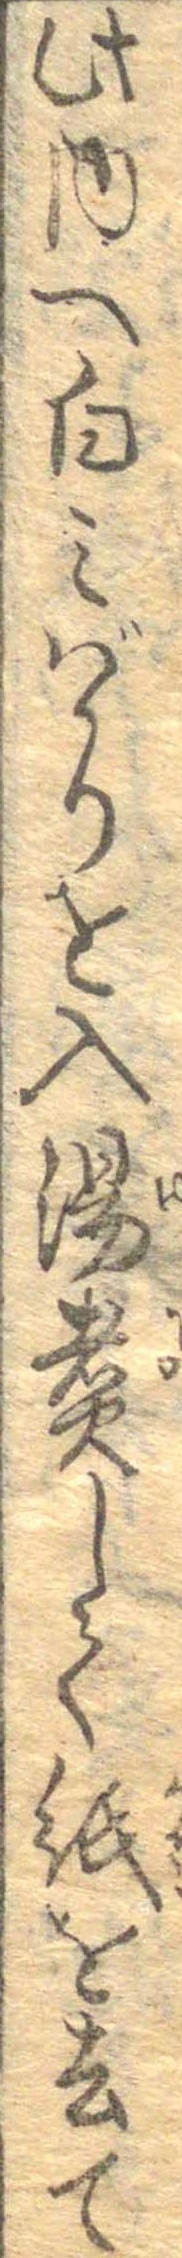
此内へ白みばかりを入湯煮して紙を去て